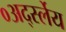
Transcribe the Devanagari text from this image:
०अर्द्स्लेय